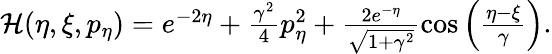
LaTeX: \begin{array}{r}{\mathcal{H}(\eta,\xi,p_{\eta})=e^{-2\eta}+\frac{\gamma^{2}}{4}p_{\eta}^{2}+\frac{2e^{-\eta}}{\sqrt{1+\gamma^{2}}}\cos\left(\frac{\eta-\xi}{\gamma}\right).}\end{array}